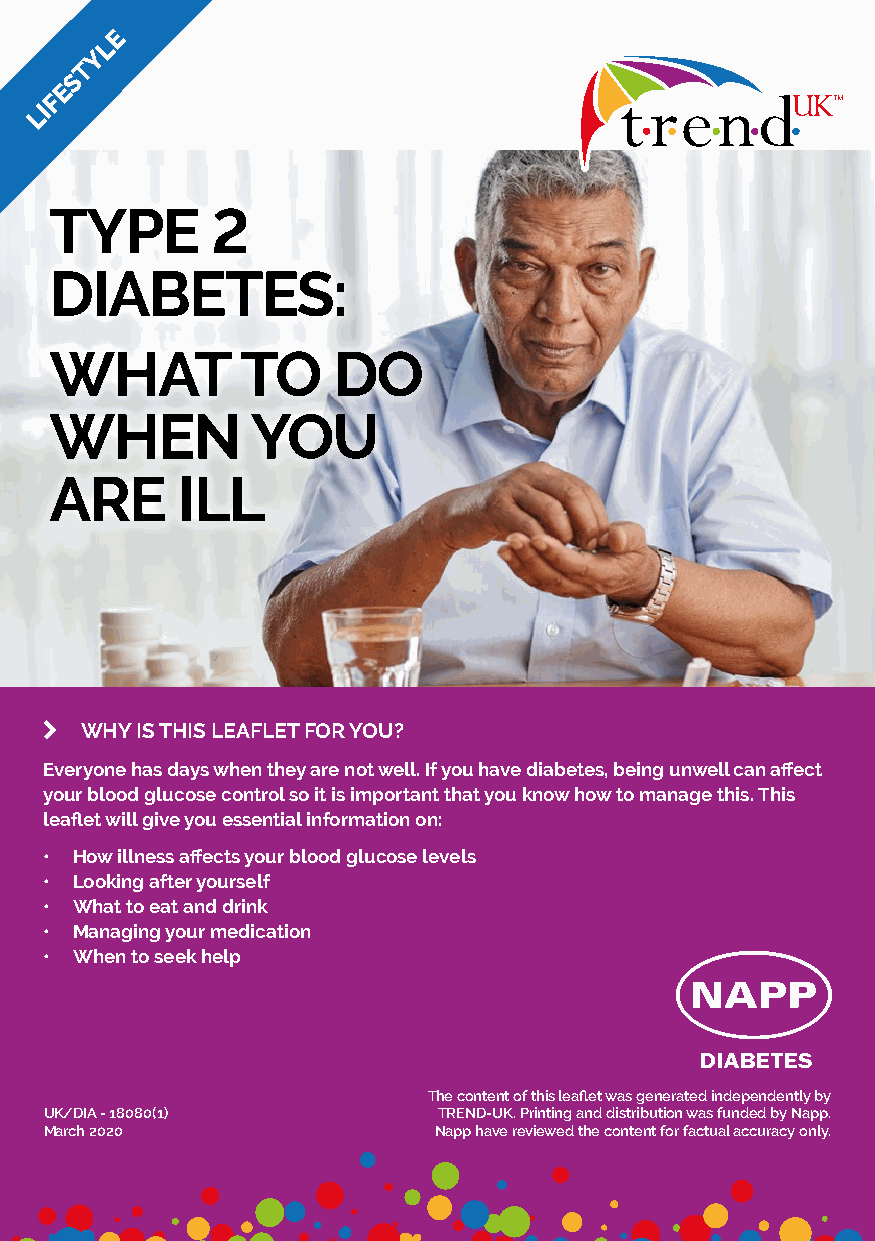
E
 L
 Y
 T
 S
 E
 F
 LI
 TYPE       2
 DIABETES:
 WHAT         TO    DO
 WHEN          YOU
 ARE      ILL
 k WHY IS THIS LEAFLET FOR YOU?
 Everyone has days when they are not well. If you have diabetes, being unwell can affect
 your blood glucose control so it is important that you know how to manage this. This
 leaflet will give you essential information on:
 • How illness affects your blood glucose levels
 • Looking after yourself
 • What to eat and drink
 • Managing your medication
 • When to seek help
 The content of this leaflet was generated independently by
 UK/DIA - 18080(1)         TREND-UK. Printing and distribution was funded by Napp.
 March 2020                Napp have reviewed the content for factual accuracy only.